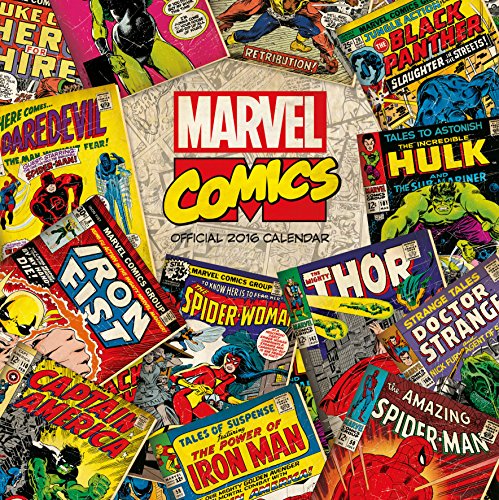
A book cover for The Official Marvel - Retro Classic 2016 Square Calendar; Calendars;